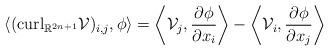
LaTeX: \begin{align*}\left\langle ({\rm curl}_{\mathbb R^{2n+1}} \mathcal V)_{i,j}, \phi \right\rangle =\left\langle \mathcal V_j, {\partial\phi\over \partial x_i} \right\rangle - \left\langle \mathcal V_i, {\partial\phi\over \partial x_j} \right\rangle \end{align*}